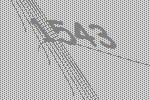
1543